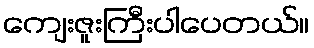
ကျေးဇူးကြီးပါပေတယ်။